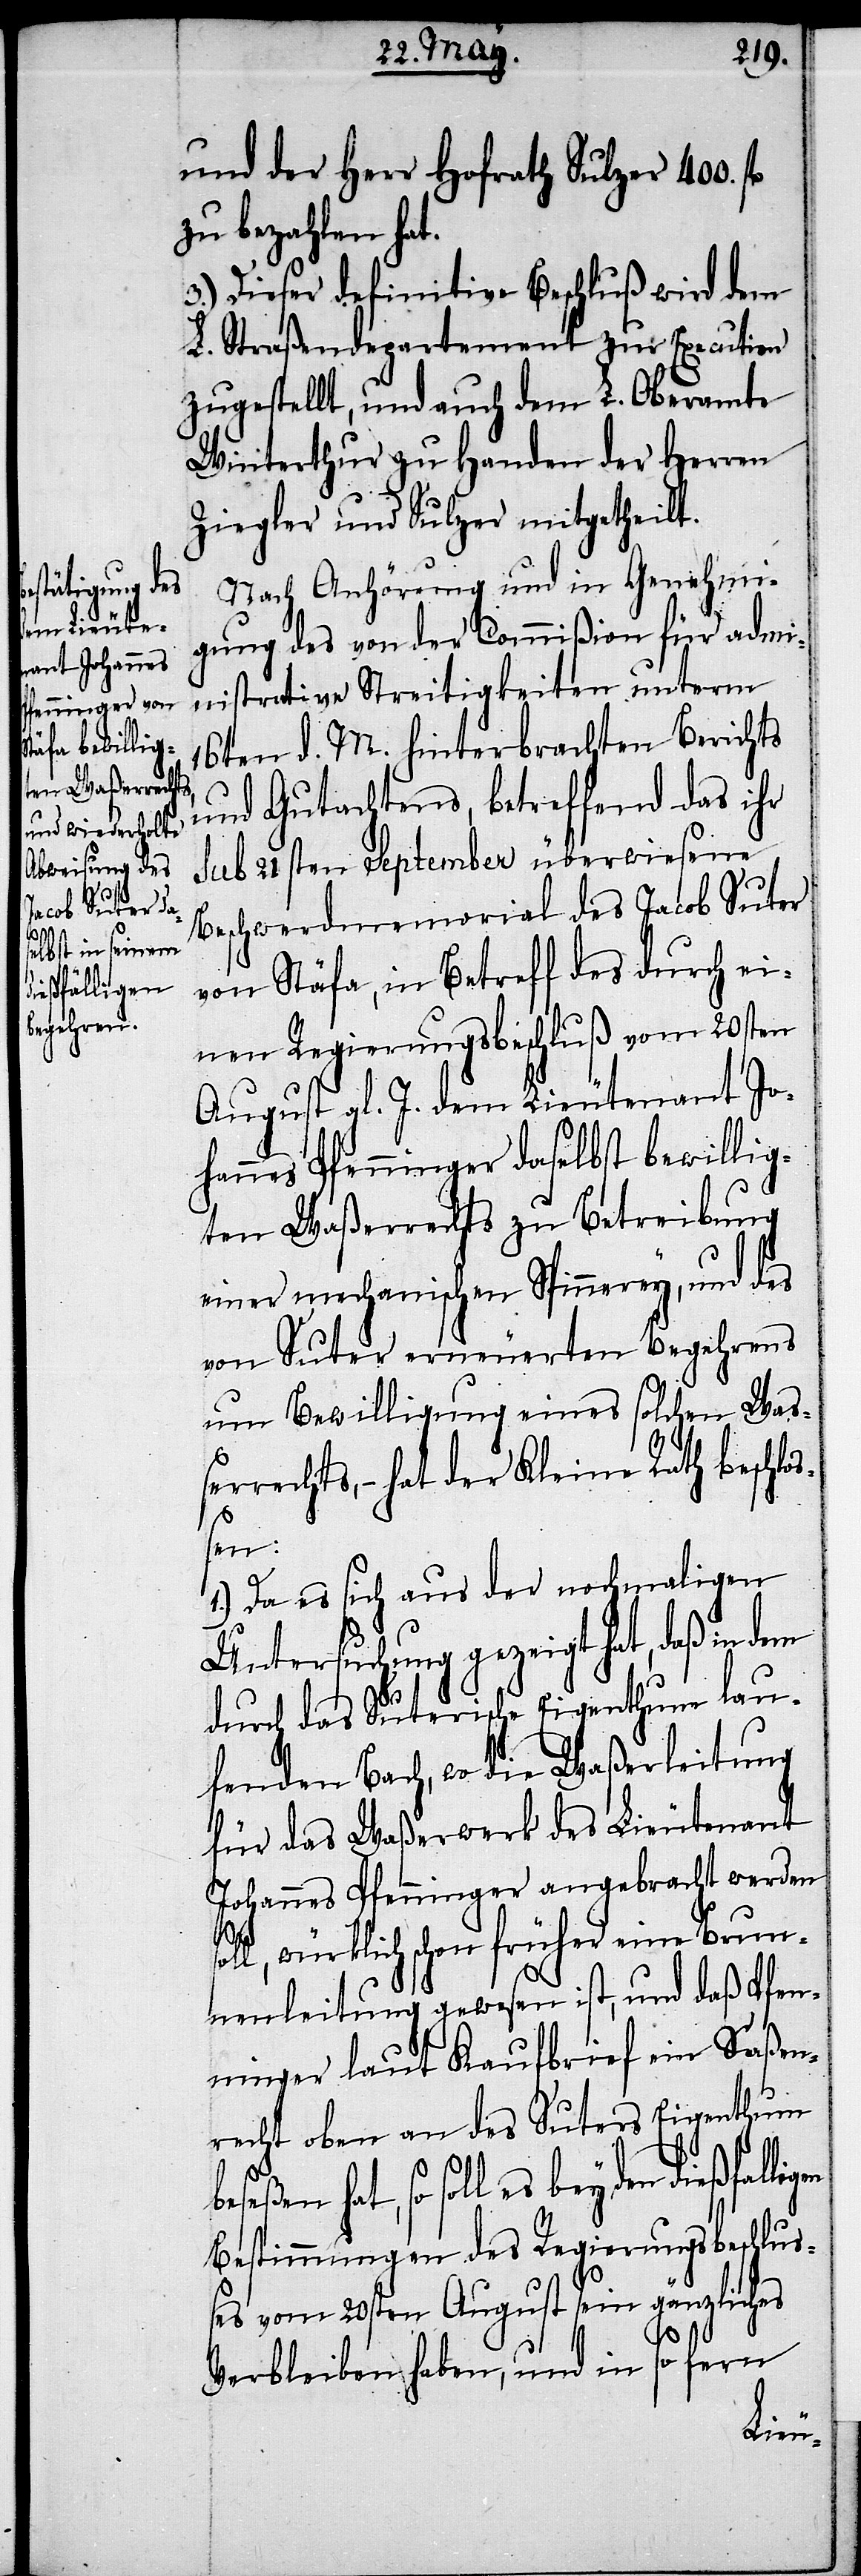
eßfalligen

und der Herr Hofrath Sulzer 400.
zu bezahlen hat.
3.) Dieser definitive Beschluß wird dem
L. Straßendepartement zur Execution
zugestellt, und auch dem L. Oberamte
Winterthur zu Handen der Herren
Ziegler und Sulzer mitgetheilt.
Nach Anhörung und in Genehmi¬
gung des von der Commißion für admi¬
nistrative Streitigkeiten unterm
16ten d. M. hinterbrachten Berichts
und Gutachtens, betreffend das ihr
sub 21sten September überwiesene
Beschwerdmemorial des Jacob Suter
von Stäfa, in Betreff des durch ei¬
nen Regierungsbeschluß vom 20sten
August gl. J. dem Lieutenant Jo¬
hannes Pfenninger daselbst bewillig¬
ten Waßerrechts zu Betreibung
einer mechanischen Spinnerey, und des
von Suter erneuerten Begehrens
um Bewilligung eines solchen Waß¬
errechts, – hat der Kleine Rath beschlo¬
ßen:
1.) Da es sich aus der nochmaligen
Untersuchung gezeigt hat, daß in dem
durch das Suterische Eigenthum lau¬
fenden Bach, wo die Waßerleitung
für das Waßerwerk des Lieutenant
Johannes Pfenninger angebracht werden
soll, würklich schon früher eine Brun¬
nenleitung gewesen ist, und daß Pfen¬
ninger laut Kaufbrief ein Saßen¬
recht oben an des Suters Eigenthum
hat, so soll es bey den di¬
Bestimmungen des Regierungsbeschluß¬
es vom 20sten August sein gänzliches
Verbleiben haben, und in so fern